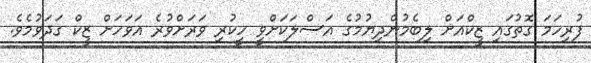
ފުރިހަމަ ގޮތުގައި ޒީކްއަށް ލިބެމުންދިޔުމުގެ އަސްލަކަށްވީ ހީކުރި ވަރަށްވުރެ އަވަހަށް ޒީކް ގަދަވުމެވެ.